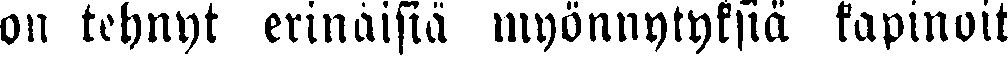
on tehnyt erinäisiä myönnytyksiä kapinoit